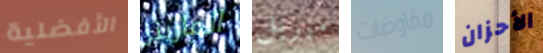
الأفضلية المارينز ميريل مفاوضات الأحزان